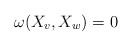
\begin{align*}\omega(X_v,X_w)=0\end{align*}